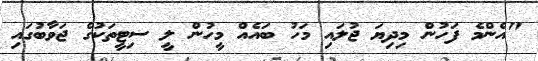
"އެންމެ ފަހުން މިދިޔަ ޖުލައި މަހު ބައެއް މީހުން ލީ ސިޓީތަކުގެ ޖަވާބުގައި